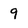
Character: 9